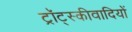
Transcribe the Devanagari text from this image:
ट्रॉट्स्कीवादियों